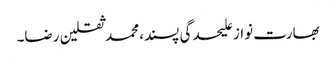
بھارت نواز علیحدگی پسند، محمد ثقلین رضا۔